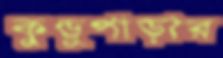
কুণ্ডুপাড়ার